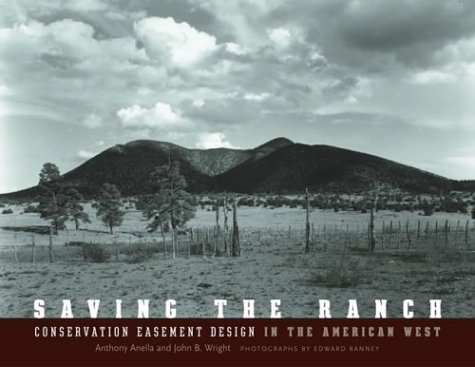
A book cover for Saving the Ranch: Conservation Easement Design In The American West; Anthony Anella; Law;